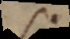
s